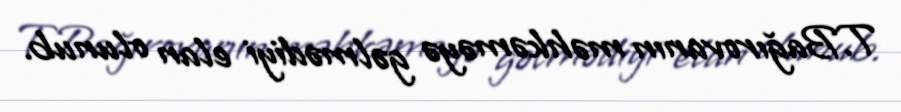
T.Bağırovanın məhkəməyə gəlmədiyi elan olunub.